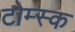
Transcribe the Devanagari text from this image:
टोम्स्क